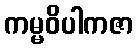
ကမ္မဝိပါကဇာ